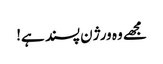
مجھے وہ ورژن پسند ہے!